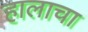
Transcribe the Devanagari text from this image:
हालाचा